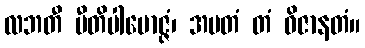
လဘတီ ပီတိပါမောဇ္ဇံ၊ အမတံ တံ ဝိဇာနတံ။